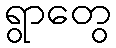
ရွာတွေ